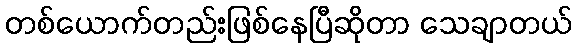
တစ်ယောက်တည်းဖြစ်နေပြီဆိုတာ သေချာတယ်